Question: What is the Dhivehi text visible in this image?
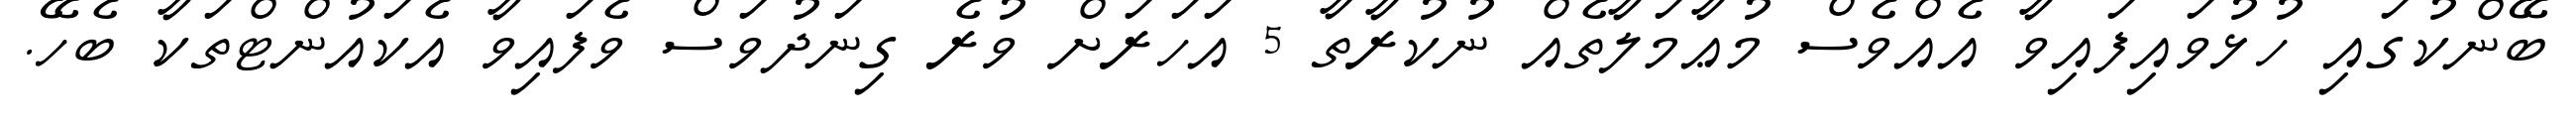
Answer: ބޭންކުގައި ހުޅުވައިފައިވާ އެއްވެސް މުޢާމަލާތެއް ނުކުރާތާ 5 އަހަރަށް ވުރެ ގިނަދުވަސް ވެފައިވާ އެކައުންޓްތަކާ ބެހޭ.